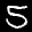
Label: 5